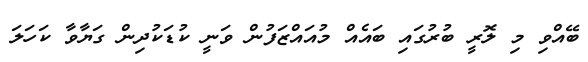
ބޭއްވި މި ލޮރީ ބުރުގައި ބައެއް މުއައްޒަފުން ވަނީ ކުޑަކުދިން ގަޔާވާ ކަހަލަ